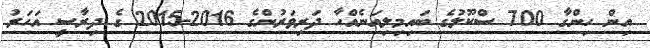
އިން ހިންގާ 700 ސްކޫލުގެ ބައިމިލިއަނެއްހާ ދަރިވަރުންގެ 2016-2015 ގެ ދިރާސީ އަހަރު